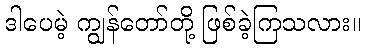
ဒါပေမဲ့ ကျွန်တော်တို့ ဖြစ်ခဲ့ကြသလား။